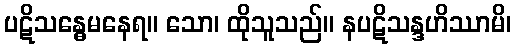
ပဋိသန္ဓေမနေရ။ သော၊ ထိုသူသည်။ နပဋိသန္ဒဟိဿာမိ၊